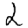
Digit: 2